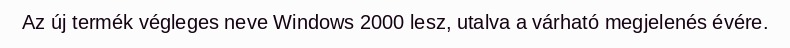
Az új termék végleges neve Windows 2000 lesz, utalva a várható megjelenés évére.